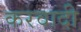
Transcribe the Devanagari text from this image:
करवादी